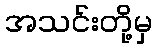
အသင်းတို့မှ